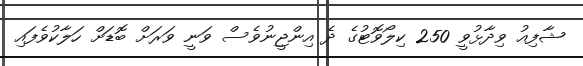
ޝާފިއު ވިދާޅުވީ 250 ކިލޯވޮޓުގެ ދެ އިންޖީނުވެސް ވަނީ ވަރަށް ބޮޑަށް ހަލާކުވެފައި